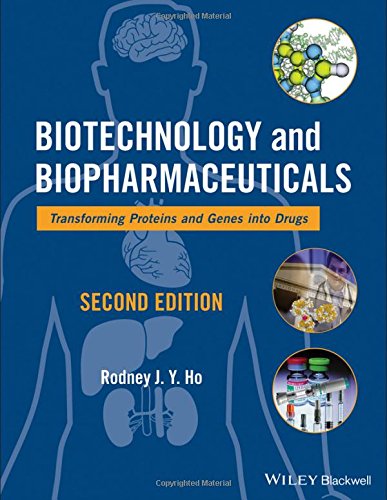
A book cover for Biotechnology and Biopharmaceuticals: Transforming Proteins and Genes into Drugs; Medical Books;